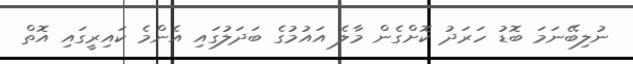
ނުލިބޭނަމަ ބޮޑު ހަރަދު ކޮށްގެން މާލެ އައުމުގެ ބަދަލުގައި އެންމެ ކައިރީގައި އޮތް